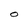
Character: O